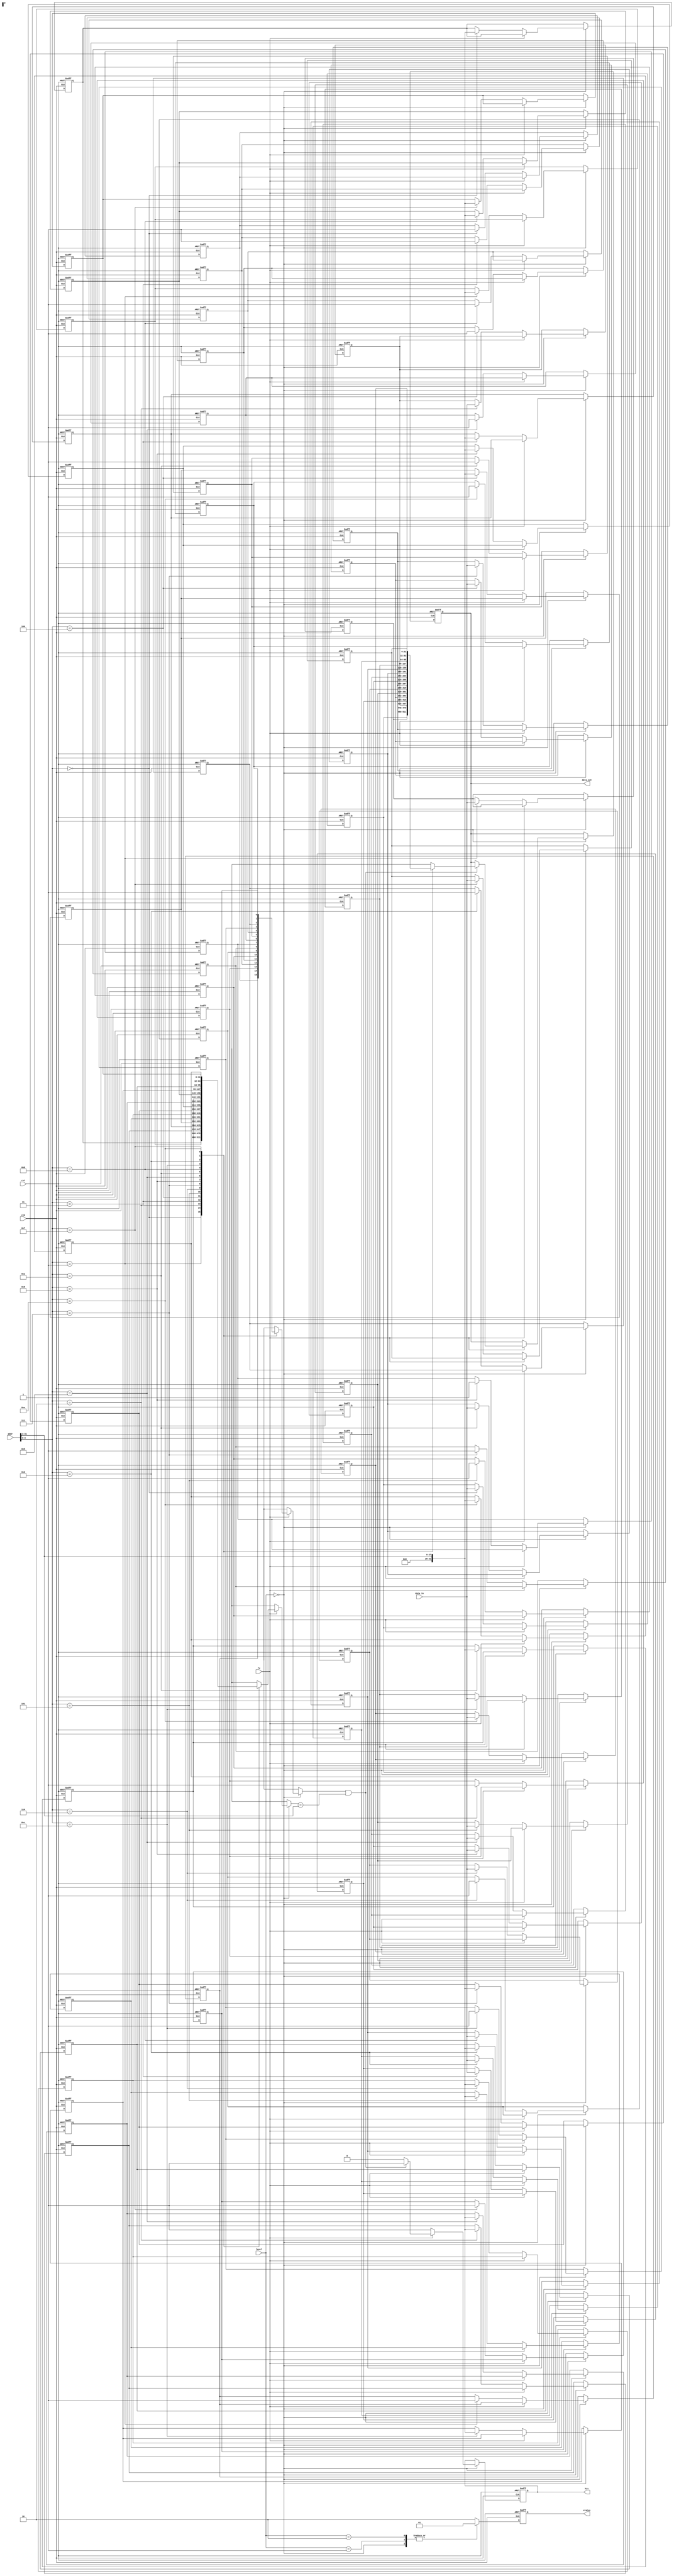
module MultiLevelCacheIO (
    input wire clk,
    input wire rst,
    input wire [31:0] addr,        // Address input
    input wire [31:0] data_in,     // Data input for write operations
    input wire rw,                 // Read/Write control (1 for read, 0 for write)
    input wire [1:0] level,        // Cache level select (00= L1, 01= L2, 10= L3)
    output reg [31:0] data_out,    // Data output for read operations
    output reg hit,                // Hit/Miss indicator
    output reg [1:0] status        // Cache status (00= idle, 01= busy, 10= error)
);

// Cache memory declarations (for simplicity, these are just arrays)
reg [31:0] L1_cache [0:15]; // Example size, 16 entries
reg [31:0] L2_cache [0:63]; // Example size
reg [31:0] L3_cache [0:255]; // Example size
reg [31:0] L1_tags [0:15]; // Tags for L1
reg [31:0] L2_tags [0:63]; // Tags for L2
reg [31:0] L3_tags [0:255]; // Tags for L3
reg L1_valid [0:15]; // Valid bits for L1
reg L2_valid [0:63]; // Valid bits for L2
reg L3_valid [0:255]; // Valid bits for L3

// Initialize cache and valid bits on reset
integer i;
always @(posedge clk or posedge rst) begin
    if (rst) begin
        for (i = 0; i < 16; i = i + 1) begin
            L1_cache[i] <= 32'b0;
            L1_tags[i] <= 32'b0;
            L1_valid[i] <= 1'b0;
        end
        for (i = 0; i < 64; i = i + 1) begin
            L2_cache[i] <= 32'b0;
            L2_tags[i] <= 32'b0;
            L2_valid[i] <= 1'b0;
        end
        for (i = 0; i < 256; i = i + 1) begin
            L3_cache[i] <= 32'b0;
            L3_tags[i] <= 32'b0;
            L3_valid[i] <= 1'b0;
        end
        data_out <= 32'b0;
        hit <= 1'b0;
        status <= 2'b00; // idle
    end else begin
        status <= 2'b01; // busy

        // Perform cache operations based on the level selected
        case (level)
            2'b00: begin // L1 Cache
                // Read Operation
                if (rw) begin
                    // Check for hit in L1
                    // Assuming address is used directly as index for simplicity
                    if (L1_valid[addr[3:0]] && (L1_tags[addr[3:0]] == addr[31:4])) begin
                        data_out <= L1_cache[addr[3:0]];
                        hit <= 1'b1; // Hit
                    end else begin
                        hit <= 1'b0; // Miss
                        // Forward to L2 cache (not implemented in this snippet)
                    end
                end else begin // Write Operation
                    L1_cache[addr[3:0]] <= data_in;
                    L1_tags[addr[3:0]] <= addr[31:4];
                    L1_valid[addr[3:0]] <= 1'b1; // Mark as valid
                    hit <= 1'b1; // Assume write is successful
                end
            end

            2'b01: begin // L2 Cache
                // Similar read/write operations for L2 would go here
                // This is left as an exercise for brevity
            end

            2'b10: begin // L3 Cache
                // Similar read/write operations for L3 would go here
                // This is left as an exercise for brevity
            end
            
            default: begin
                status <= 2'b10; // error state
            end
        endcase
        
        // Additional logic for error handling and cache coherence can be added here
    end
end

endmodule